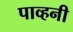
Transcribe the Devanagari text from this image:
पाव्हनी